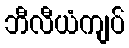
ဘီလီယံကျပ်